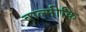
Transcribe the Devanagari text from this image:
बाल्‍मीकि